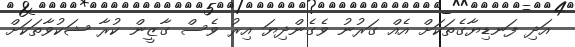
އަދި ފަނޑިޔާގެތަކަށް އެއް ގަރުނު ވެގެންދިޔަ އިރު ވެސް ގާޒީން ކުރާ ޝަކުވާތަކަށް